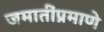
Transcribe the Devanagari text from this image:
जमातींप्रमाणे